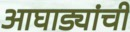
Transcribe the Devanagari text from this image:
आघाड्यांची